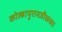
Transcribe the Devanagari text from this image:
कोल्हापुरानजीकच्या